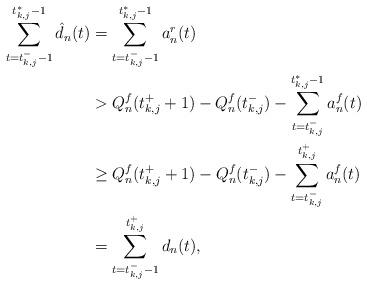
LaTeX: \begin{align*} \sum_{t = t_{k,j}^- -1}^{t_{k,j}^* -1} \hat{d}_n(t) &= \sum_{t = t_{k,j}^- -1}^{t_{k,j}^* -1} a_n^r(t) \\ & > Q_n^f(t_{k,j}^+ +1) - Q_n^f(t_{k,j}^-) - \sum_{t = t_{k,j}^-}^{t_{k,j}^* -1} a_n^{f}(t) \\ & \geq Q_n^f(t_{k,j}^+ +1) - Q_n^f(t_{k,j}^-) - \sum_{t = t_{k,j}^-}^{t_{k,j}^+ } a_n^{f}(t) \\ & = \sum_{t = t_{k,j}^- -1}^{t_{k,j}^+} d_n(t),\end{align*}